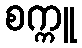
စက္ကူ